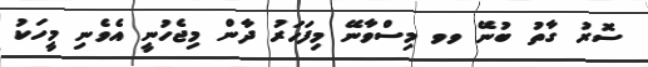
ސޮރު ގާތު ބުނޭ ވވ މިސްވާނޭ މިފަހަރު ދާން މިޖެހުނީ އެވެނި މީހަކު